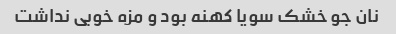
نان جو خشک سویا کهنه بود و مزه خوبی نداشت